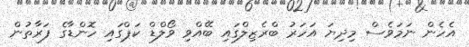
އެހެން ނަމަވެސް މިދިޔަ އަހަރު ބްރެޒިލްގައި ބޭއްވި ވޯލްޑް ކަޕްގައި ހޮންޑާގެ ފަރާތުން